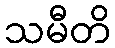
သမီတိ